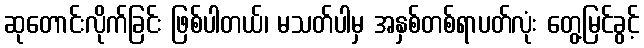
ဆုတောင်းလိုက်ခြင်း ဖြစ်ပါတယ်၊ မသတ်ပါမှ အနှစ်တစ်ရာပတ်လုံး တွေ့မြင်ခွင့်